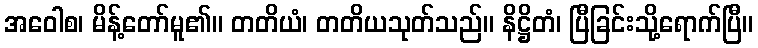
အဝေါစ၊ မိန့်တော်မူ၏။ တတိယံ၊ တတိယသုတ်သည်။ နိဋ္ဌိတံ၊ ပြီခြင်းသို့ရောက်ပြီ။